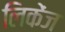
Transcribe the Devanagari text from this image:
लिकेंज